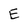
Character: E